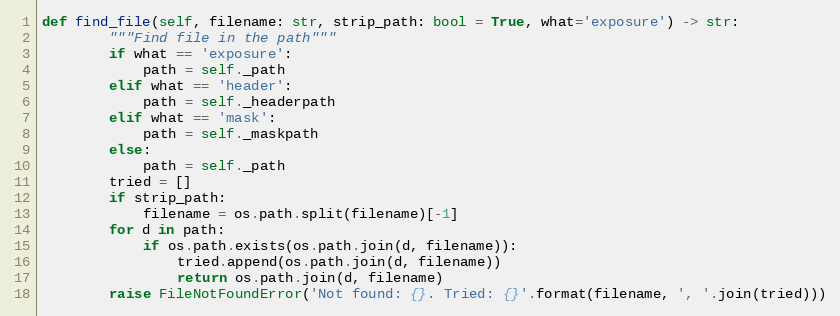
Language: Python
def find_file(self, filename: str, strip_path: bool = True, what='exposure') -> str:
        """Find file in the path"""
        if what == 'exposure':
            path = self._path
        elif what == 'header':
            path = self._headerpath
        elif what == 'mask':
            path = self._maskpath
        else:
            path = self._path
        tried = []
        if strip_path:
            filename = os.path.split(filename)[-1]
        for d in path:
            if os.path.exists(os.path.join(d, filename)):
                tried.append(os.path.join(d, filename))
                return os.path.join(d, filename)
        raise FileNotFoundError('Not found: {}. Tried: {}'.format(filename, ', '.join(tried)))